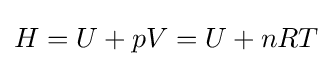
H=U+pV=U+nRT